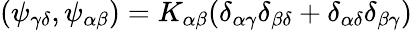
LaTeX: (\psi_{\gamma\delta},\psi_{\alpha\beta})=K_{\alpha\beta}(\delta_{\alpha\gamma}\delta_{\beta\delta}+\delta_{\alpha\delta}\delta_{\beta\gamma})